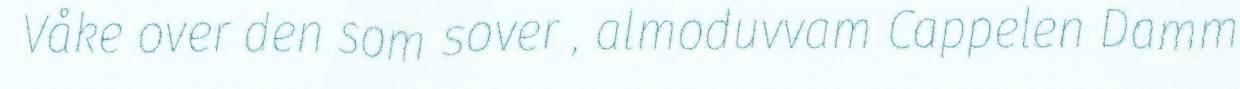
Våke over den som sover , almoduvvam Cappelen Damm